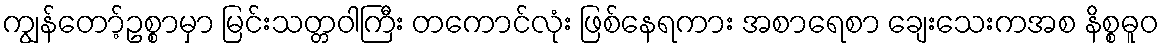
ကျွန်တော့်ဥစ္စာမှာ မြင်းသတ္တဝါကြီး တကောင်လုံး ဖြစ်နေရကား အစာရေစာ ချေးသေးကအစ နိစ္စဓူဝ